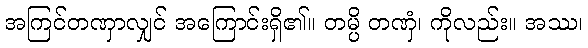
အကြင်တဏှာလျှင် အကြောင်းရှိ၏။ တမ္ပိ တဏှံ၊ ကိုလည်း။ အဿ၊